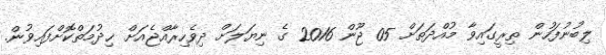
ލިބުނުފަހުން ތިރީގައިވާ މުއްދަތަށް 05 ޖޫން 2016 ގެ ނިޔަލަށް ދިވެހިރާއްޖެއަށް ޚިދުމަތްކޮށްފައިވުން.